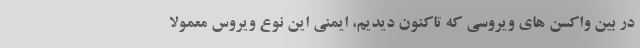
در بین واکسن های ویروسی که تاکنون دیدیم، ایمنی این نوع ویروس معمولاً